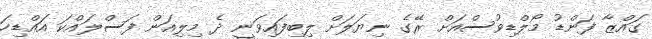
ގައްޒާ ފަންޑު މޯލްޑިވުސްއަށް ރޭގެ ނިޔަލަށް ލިބިފައިވަނީ ދެ މިލިއަން ފަސްލައްކަ އައްޑިހަ